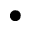
\bullet